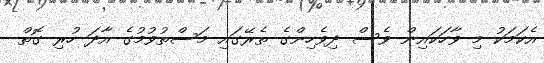
އެކަމަކު މި ވާހަކައިން ވެސް ދިވެހިންގެ ތެރޭގައި މަސްތުވުމުގެ އާދަ ހުރި ގޮތް